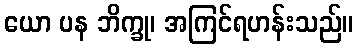
ယော ပန ဘိက္ခု၊ အကြင်ရဟန်းသည်။